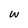
Character: w